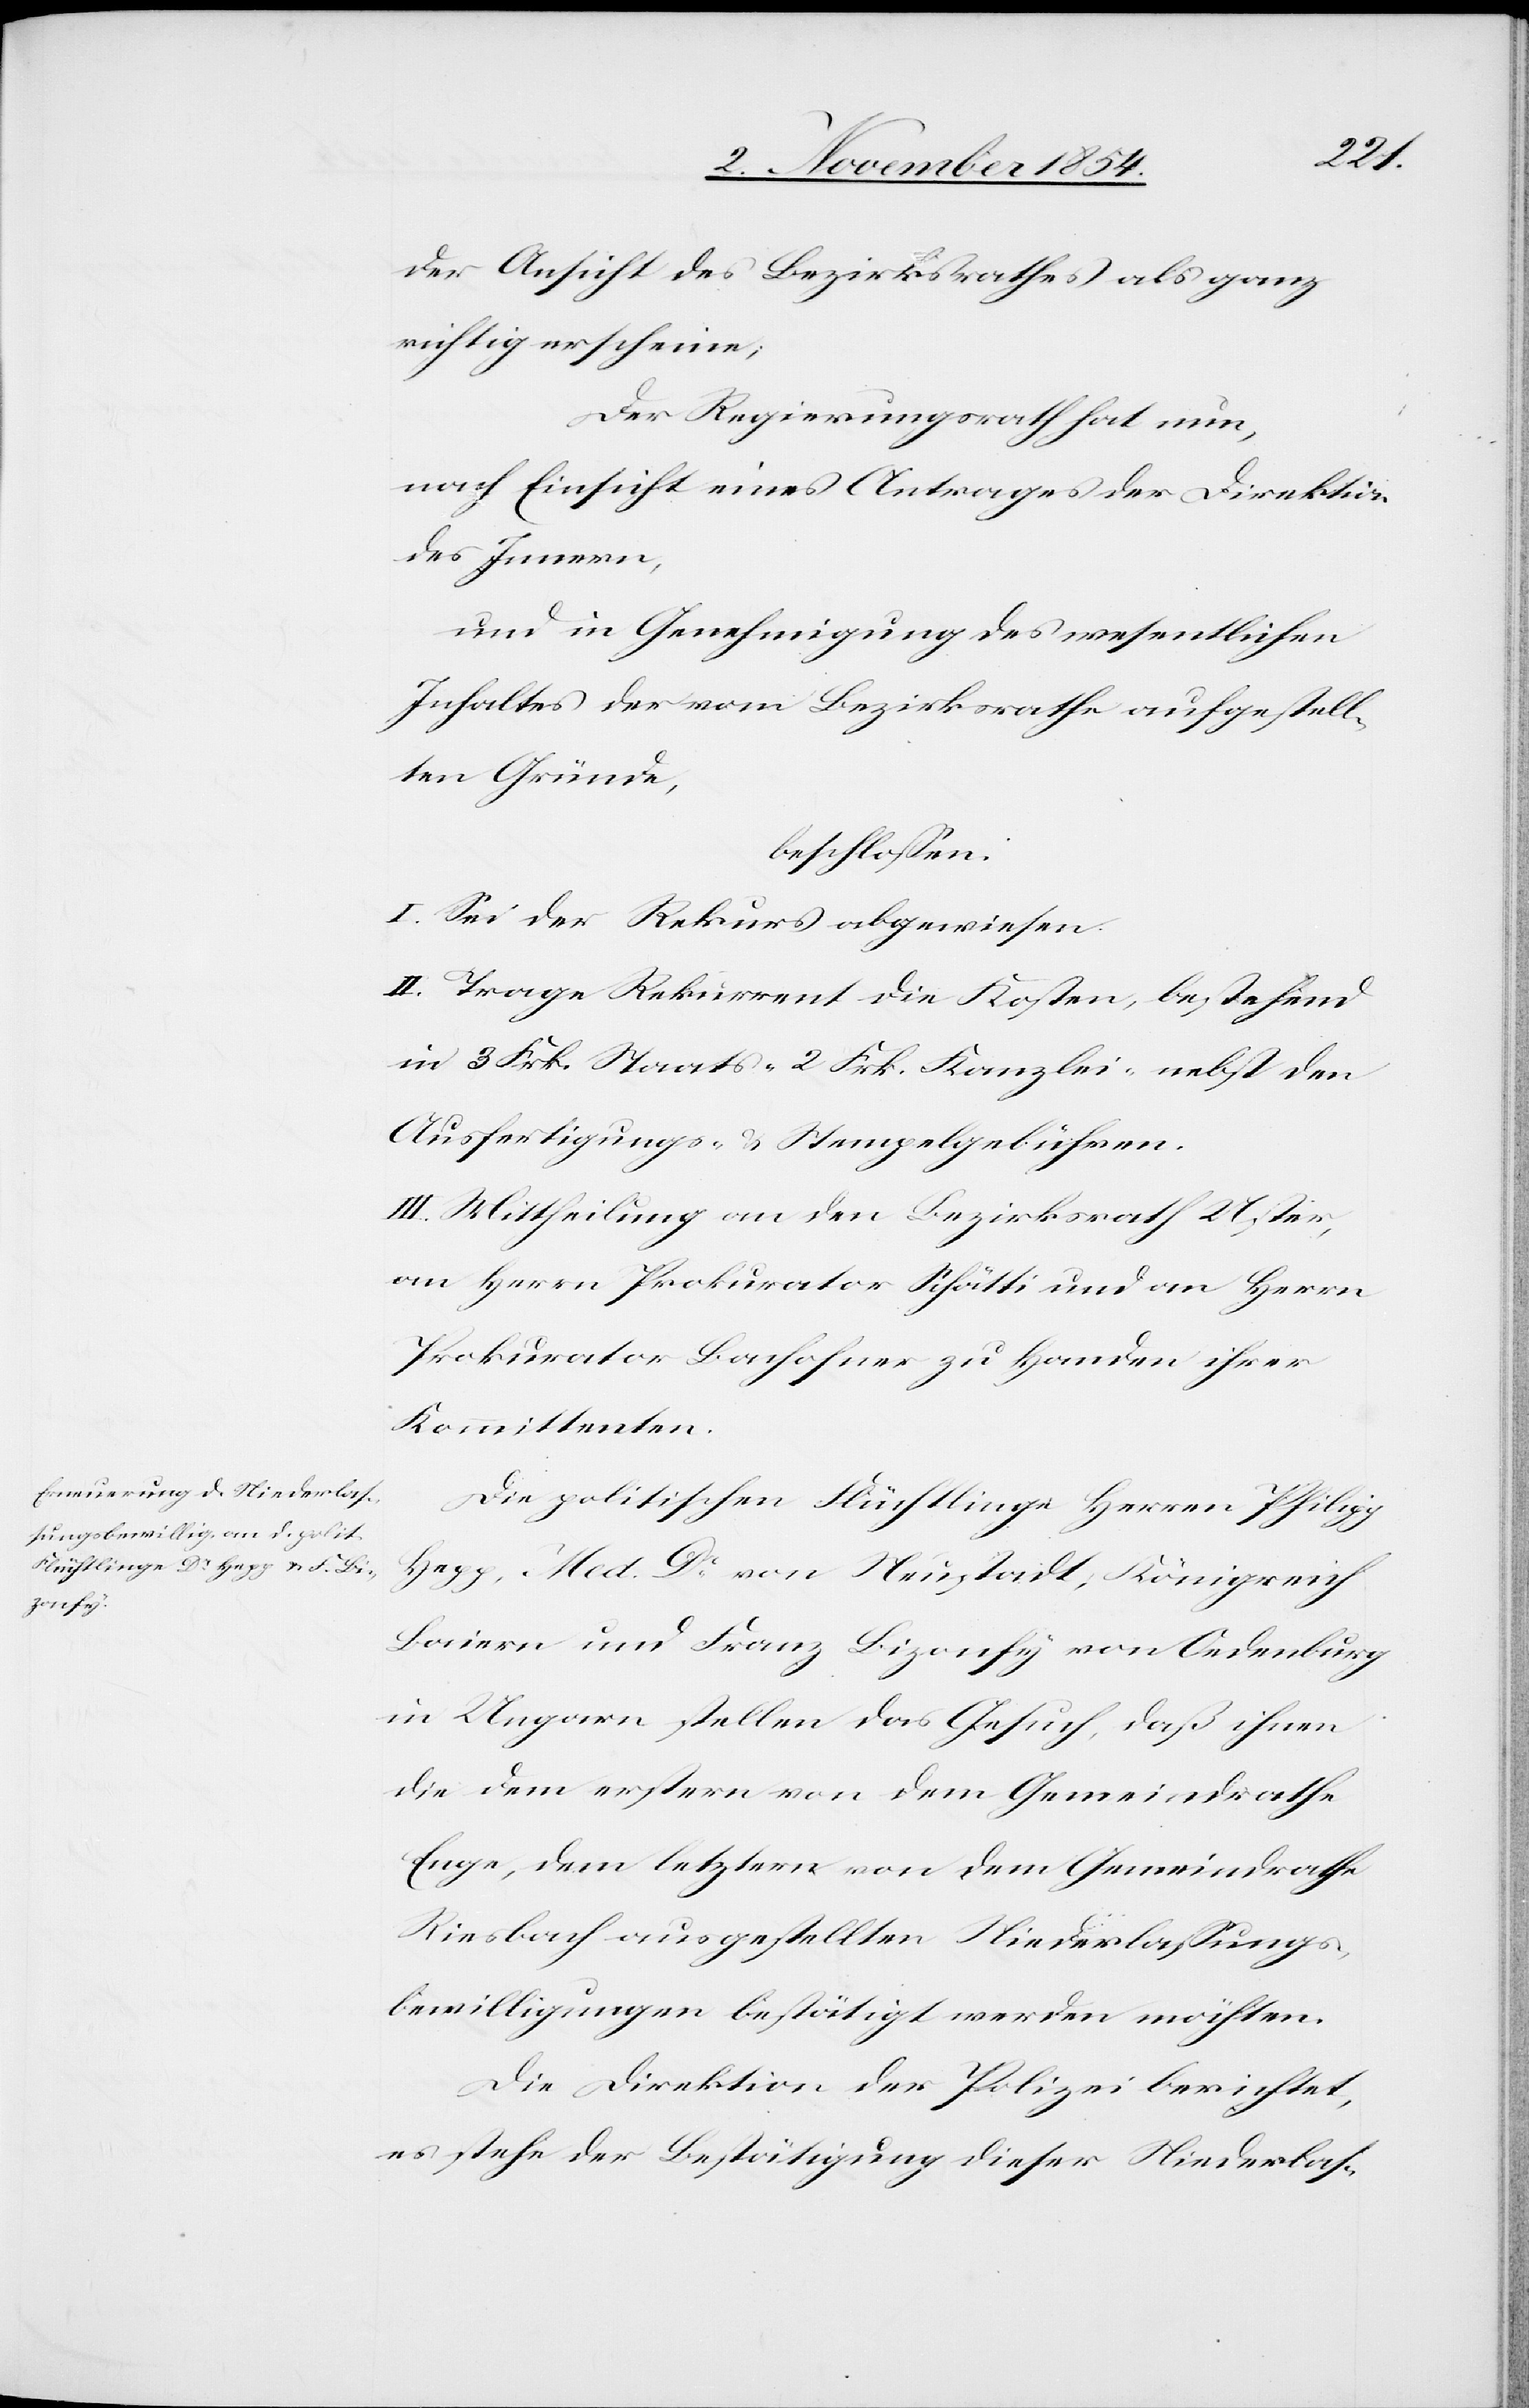
der Ansicht des Bezirksrathes als ganz
richtig erscheine;
Der Regierungsrath hat nun,
nach Einsicht eines Antrages der Direktion
des Innern,
und in Genehmigung des wesentlichen
Inhaltes der vom Bezirksrathe aufgestell¬
ten Gründe,
beschloßen:
I. Sei der Rekurs abgewiesen.
II. Trage Rekurrent die Kosten, bestehend
in 3 Frk. Staats-[,] 2 Frk. Kanzlei-[,] nebst den
Ausfertigungs- u. Stempelgebühren.
III. Mittheilung an den Bezirksrath Uster,
an Herrn Prokurator Schätti und an Herrn
Prokurator Bachofner zu Handen ihrer
Kommittenten.
Die politischen Flüchtlinge Herren Philipp
Hepp, Med. Dr von Neustadt, Königreich
Baiern und Franz Bizonfy von Oedenburg
in Ungarn stellen das Gesuch, daß ihnen
die dem erstern von dem Gemeindrathe
Enge, dem letztern von dem Gemeindrathe
Riesbach ausgestellten Niederlaßungs¬
bewilligungen bestätigt werden möchten.
Die Direktion der Polizei berichtet,
es stehe der Bestätigung dieser Niederlas-